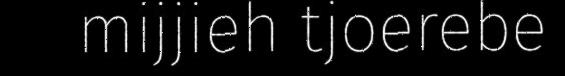
mijjieh tjoerebe